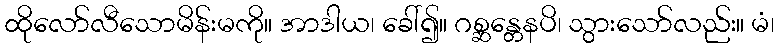
ထိုလော်လီသောမိန်းမကို။ အာဒါယ၊ ခေါ်၍။ ဂစ္ဆန္တေနပိ၊ သွားသော်လည်း။ မံ၊